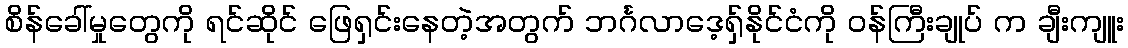
စိန်ခေါ်မှုတွေကို ရင်ဆိုင် ဖြေရှင်းနေတဲ့အတွက် ဘင်္ဂလာဒေ့ရှ်နိုင်ငံကို ဝန်ကြီးချုပ် က ချီးကျူး